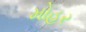
મોહર